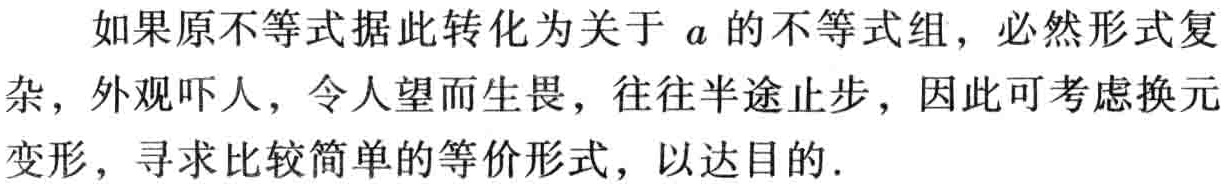
如果原不等式据此转化为关于 \(a\) 的不等式组，必然形式复杂，外观吓人，令人望而生畏，往往半途止步，因此可考虑换元变形，寻求比较简单的等价形式，以达目的.